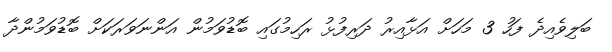
ބަލިވެއިދެ ފަހު 3 މަހަށް އަޅާއިރު ދަރިފުޅު ރަހިމުގައި ބޮޑުވަމުން އަންނަވަރަކަށް ބޮޑުވަމުންދާ